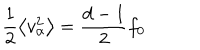
\frac { 1 } { 2 } \left\langle v _ { \alpha } ^ { 2 } \right\rangle = \frac { d - 1 } { 2 } f _ { 0 }